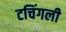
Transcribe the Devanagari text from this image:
टचिंगली